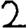
Digit: 2